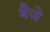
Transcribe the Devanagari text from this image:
बैजे